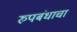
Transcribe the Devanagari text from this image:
रुपबंधाचा